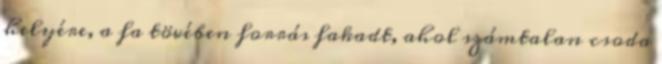
helyére, a fa tövében forrás fakadt, ahol számtalan csoda